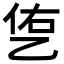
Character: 㐛